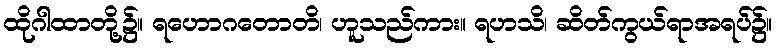
ထိုဂါထာတို့၌။ ရဟောဂတောတိ၊ ဟူသည်ကား။ ရဟသိ၊ ဆိတ်ကွယ်ရာအရပ်၌။